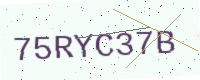
Text: 75RYC37B